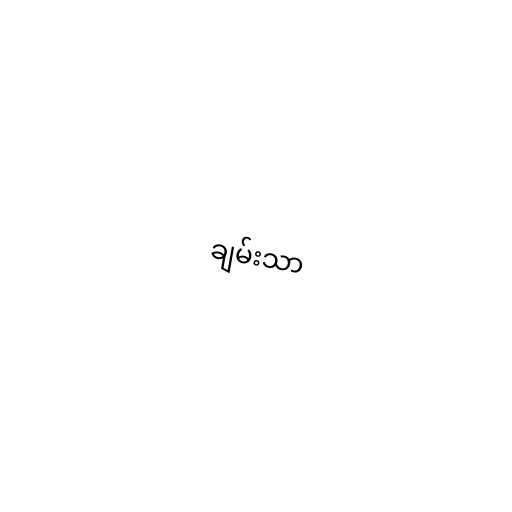
ချမ်းသာ